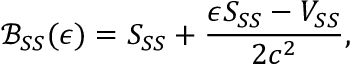
\mathcal { B } _ { S S } ( \epsilon ) = S _ { S S } + \frac { \epsilon S _ { S S } - V _ { S S } } { 2 c ^ { 2 } } ,